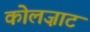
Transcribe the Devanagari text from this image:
कोलज़ाट